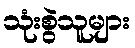
သုံးစွဲသူများ